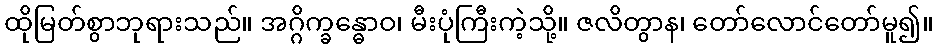
ထိုမြတ်စွာဘုရားသည်။ အဂ္ဂိက္ခန္ဓောဝ၊ မီးပုံကြီးကဲ့သို့။ ဇလိတွာန၊ တော်လောင်တော်မူ၍။